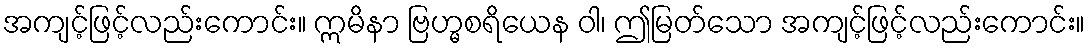
အကျင့်ဖြင့်လည်းကောင်း။ ဣမိနာ ဗြဟ္မစရိယေန ဝါ၊ ဤမြတ်သော အကျင့်ဖြင့်လည်းကောင်း။